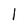
Character: 1